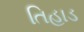
તિહાડ